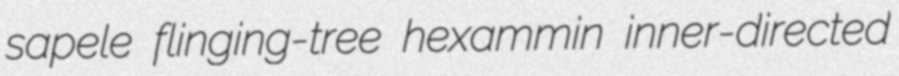
sapele flinging-tree hexammin inner-directed